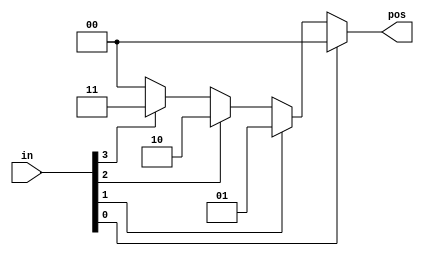
// synthesis verilog_input_version verilog_2001
module top_module (
    input [3:0] in,
    output reg [1:0] pos  );
	
    always @(*) begin
        casez (in)
            4'bzzz1: pos = 0;
            4'bzz1z: pos = 1;
            4'bz1zz: pos = 2;
            4'b1zzz: pos = 3;
            default: pos = 0;
        endcase
    end
endmodule